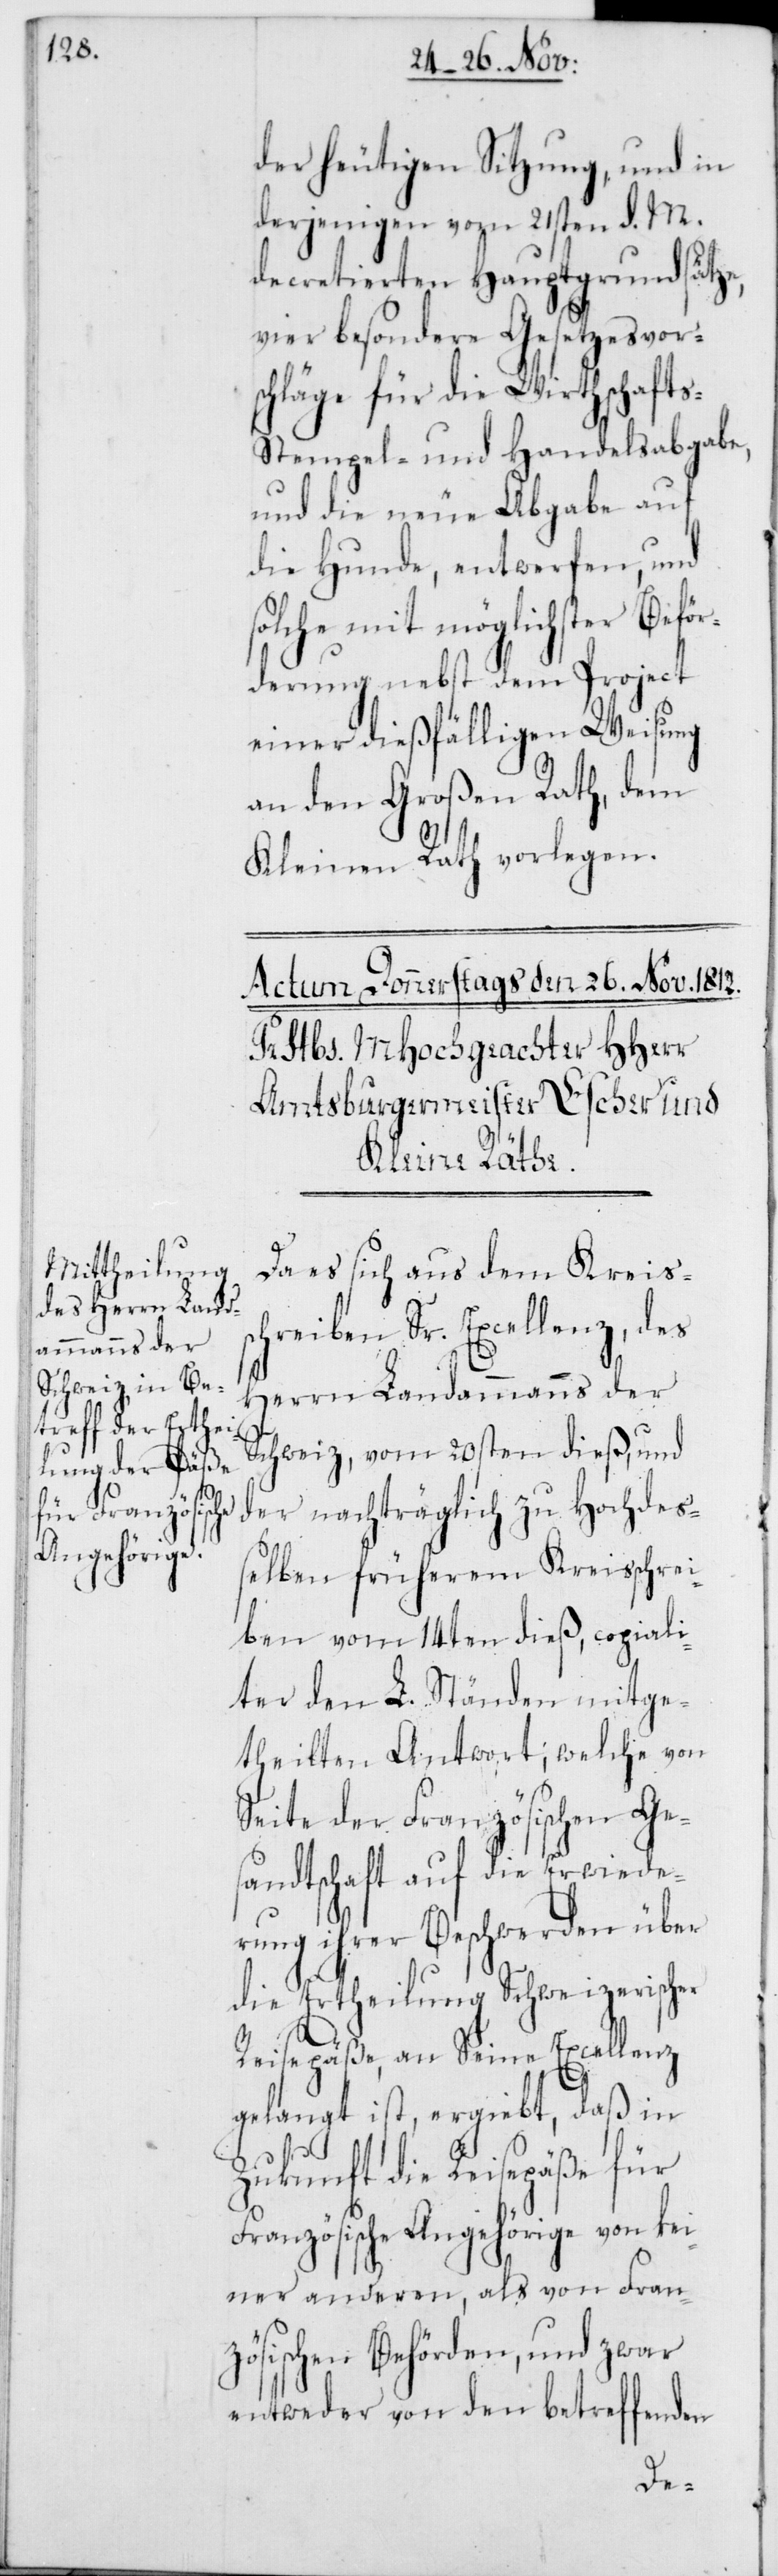
s-[,]

der heutigen Sitzung, und in
derjenigen vom 21sten d. M.
decretierten Hauptgrundsätze,
vier besondere Gesetzesvor¬
schläge für die Wirtschaft¬
Stempel- und Handelsabgabe,
und die neue Abgabe auf
die Hunde, entwerfen, und
solche mit möglichster Beför¬
derung nebst dem Project
einer dießfälligen Weisung
an den Großen Rath, dem
Kleinen Rath vorlegen.
Da es sich aus dem Kreiss¬
chreiben Sr. Excellenz, des
Herrn Landammanns der
Schweiz, vom 20sten dieß, und
der nachträglich zu Hochdeß¬
elben früherem Kreisschrei¬
ben vom 14ten dieß, copiali¬
ter den L. Ständen mitge¬
theilten Antwort; welche von
Seite der Französischen Ge¬
sandtschaft auf die Erwiede¬
rung ihrer Beschwerden über
die Ertheilung Schweizerischer
Reisepäße, an Seine Excellenz
gelangt ist, ergiebt, daß in
Zukunft die Reisepäße für
Französische Angehörige von kei¬
ner anderen, als von Fran¬
zösischen Behörden, und zwar
entweder von den betreffenden